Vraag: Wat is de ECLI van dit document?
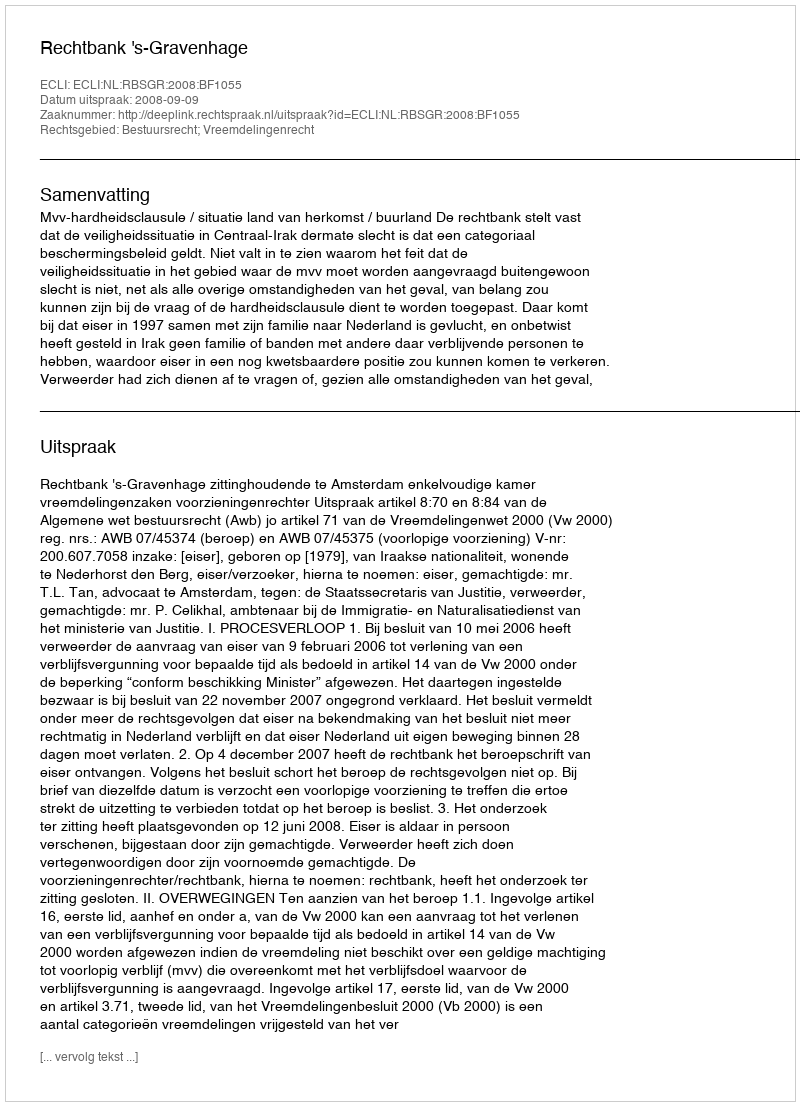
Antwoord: ECLI:NL:RBSGR:2008:BF1055